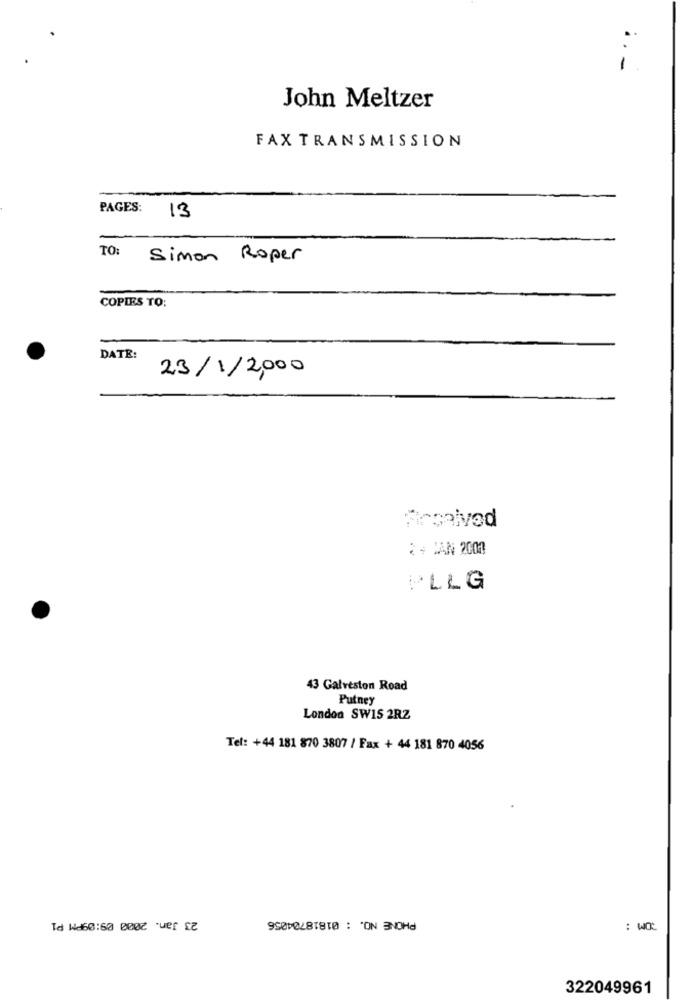
i .-
John Meltzer
FAX TRANSMISSION
PAGES: 13
TO:
Simon Roper
COPIES TO:
DATE:
23/1/2000
Proalvød
: + JAN 2004
PLLG
43 Galveston Road
Putney
London SWIS 2RZ
Tel: +44 181 870 3807 / Fax + 44 181 870 4056
PHONE NO. : 01818704056
23 Jan. 2000 09:09PM P1
: WOL
322049961